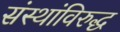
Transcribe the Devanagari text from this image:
संस्थांविरुद्ध